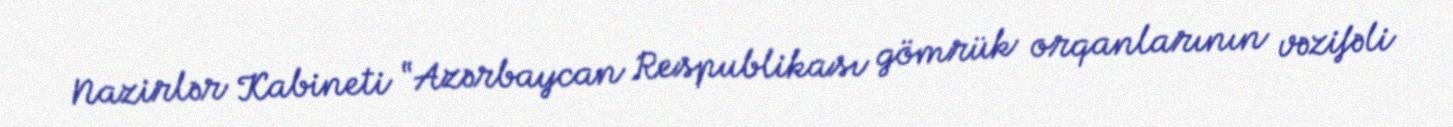
Nazirlər Kabineti “Azərbaycan Respublikası gömrük orqanlarının vəzifəli